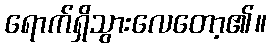
ရောက်ရှိသွားလေတော့၏။